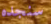
سنجده